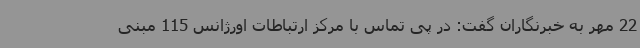
22 مهر به خبرنگاران گفت: در پی تماس با مرکز ارتباطات اورژانس 115 مبنی